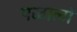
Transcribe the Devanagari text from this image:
पळालो